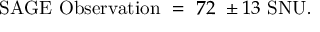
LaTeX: \mathrm { S A G E ~ O b s e r v a t i o n } ~ = ~ 7 2 ~ \pm 1 3 \mathrm { ~ S N U } .